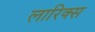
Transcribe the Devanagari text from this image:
लारिक्स